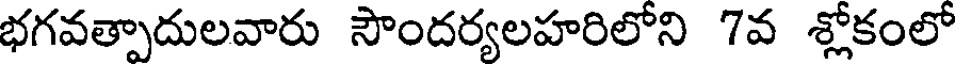
భగవత్పాదులవారు సౌందర్యలహరిలోని 7వ శ్లోకంలో